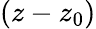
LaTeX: (z-z_{0})